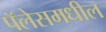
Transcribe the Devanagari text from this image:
पॅलेसमधील